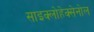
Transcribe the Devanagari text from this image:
साइक्लोहेक्सेनोल